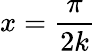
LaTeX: x={\frac{\pi}{2k}}